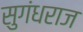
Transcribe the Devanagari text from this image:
सुगंधराज